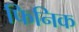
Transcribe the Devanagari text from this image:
फिनिक